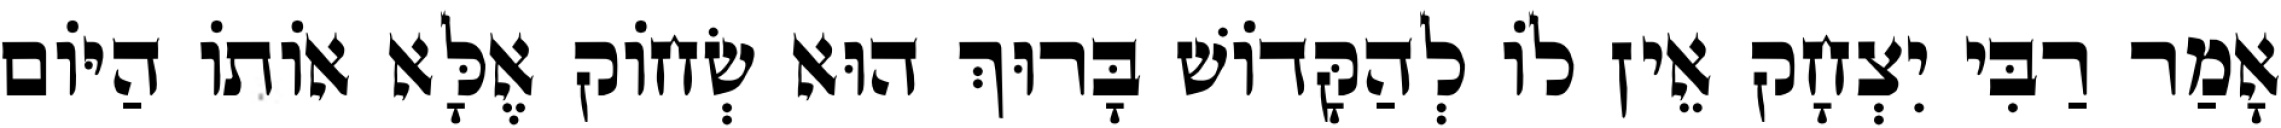
אָמַר רַבִּי יִצְחָק אֵין לוֹ לְהַקָּדוֹשׁ בָּרוּךְ הוּא שְׂחוֹק אֶלָּא אוֹתוֹ הַיּוֹם